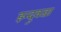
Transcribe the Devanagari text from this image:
इन्द्र्वज्रा